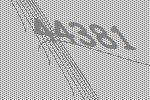
44381